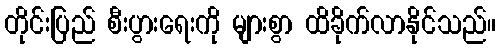
တိုင်းပြည် စီးပွားရေးကို များစွာ ထိခိုက်လာနိုင်သည်။